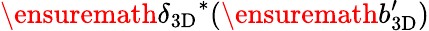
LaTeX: \ensuremath{\delta_{\mathrm{3D}}}^{*}(\ensuremath{b_{\mathrm{3D}}^{\prime}})